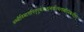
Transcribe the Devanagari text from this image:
अस्थीनिमातापितृपूर्वजानांनयंतिगंगामपियेकथंचित्